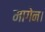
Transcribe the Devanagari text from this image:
मागेन।